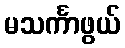
မသင်္ကာဖွယ်